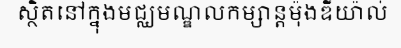
ស្ថិតនៅក្នុងមជ្ឈមណ្ឌលកម្សាន្តម៉ុងឌីយ៉ាល់